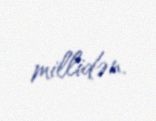
millidən.